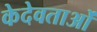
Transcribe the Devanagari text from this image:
केदेवताओं